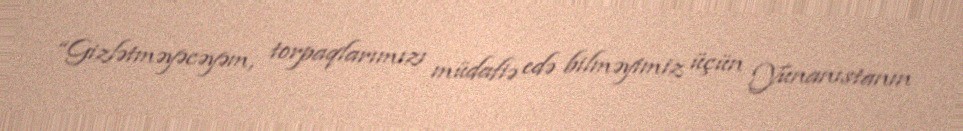
“Gizlətməyəcəyəm, torpaqlarımızı müdafiə edə bilməyimiz üçün Yunanıstanın